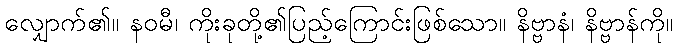
လျှောက်၏။ နဝမီ၊ ကိုးခုတို့၏ပြည့်ကြောင်းဖြစ်သော။ နိဗ္ဗာနံ၊ နိဗ္ဗာန်ကို။